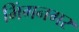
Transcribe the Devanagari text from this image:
भिंगनगर